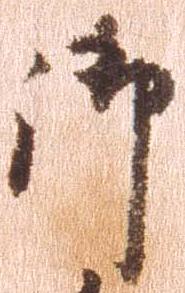
御